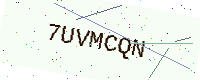
Text: 7UVMCQN